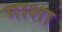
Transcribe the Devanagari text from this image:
गाशा